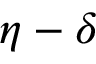
\eta - \delta